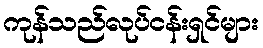
ကုန်သည်လုပ်ငန်းရှင်များ